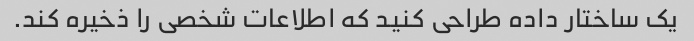
یک ساختار داده طراحی کنید که اطلاعات شخصی را ذخیره کند.